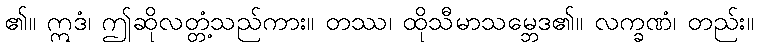
၏။ ဣဒံ၊ ဤဆိုလတ္တံ့သည်ကား။ တဿ၊ ထိုသီမာသမ္ဘေဒ၏။ လက္ခဏံ၊ တည်း။